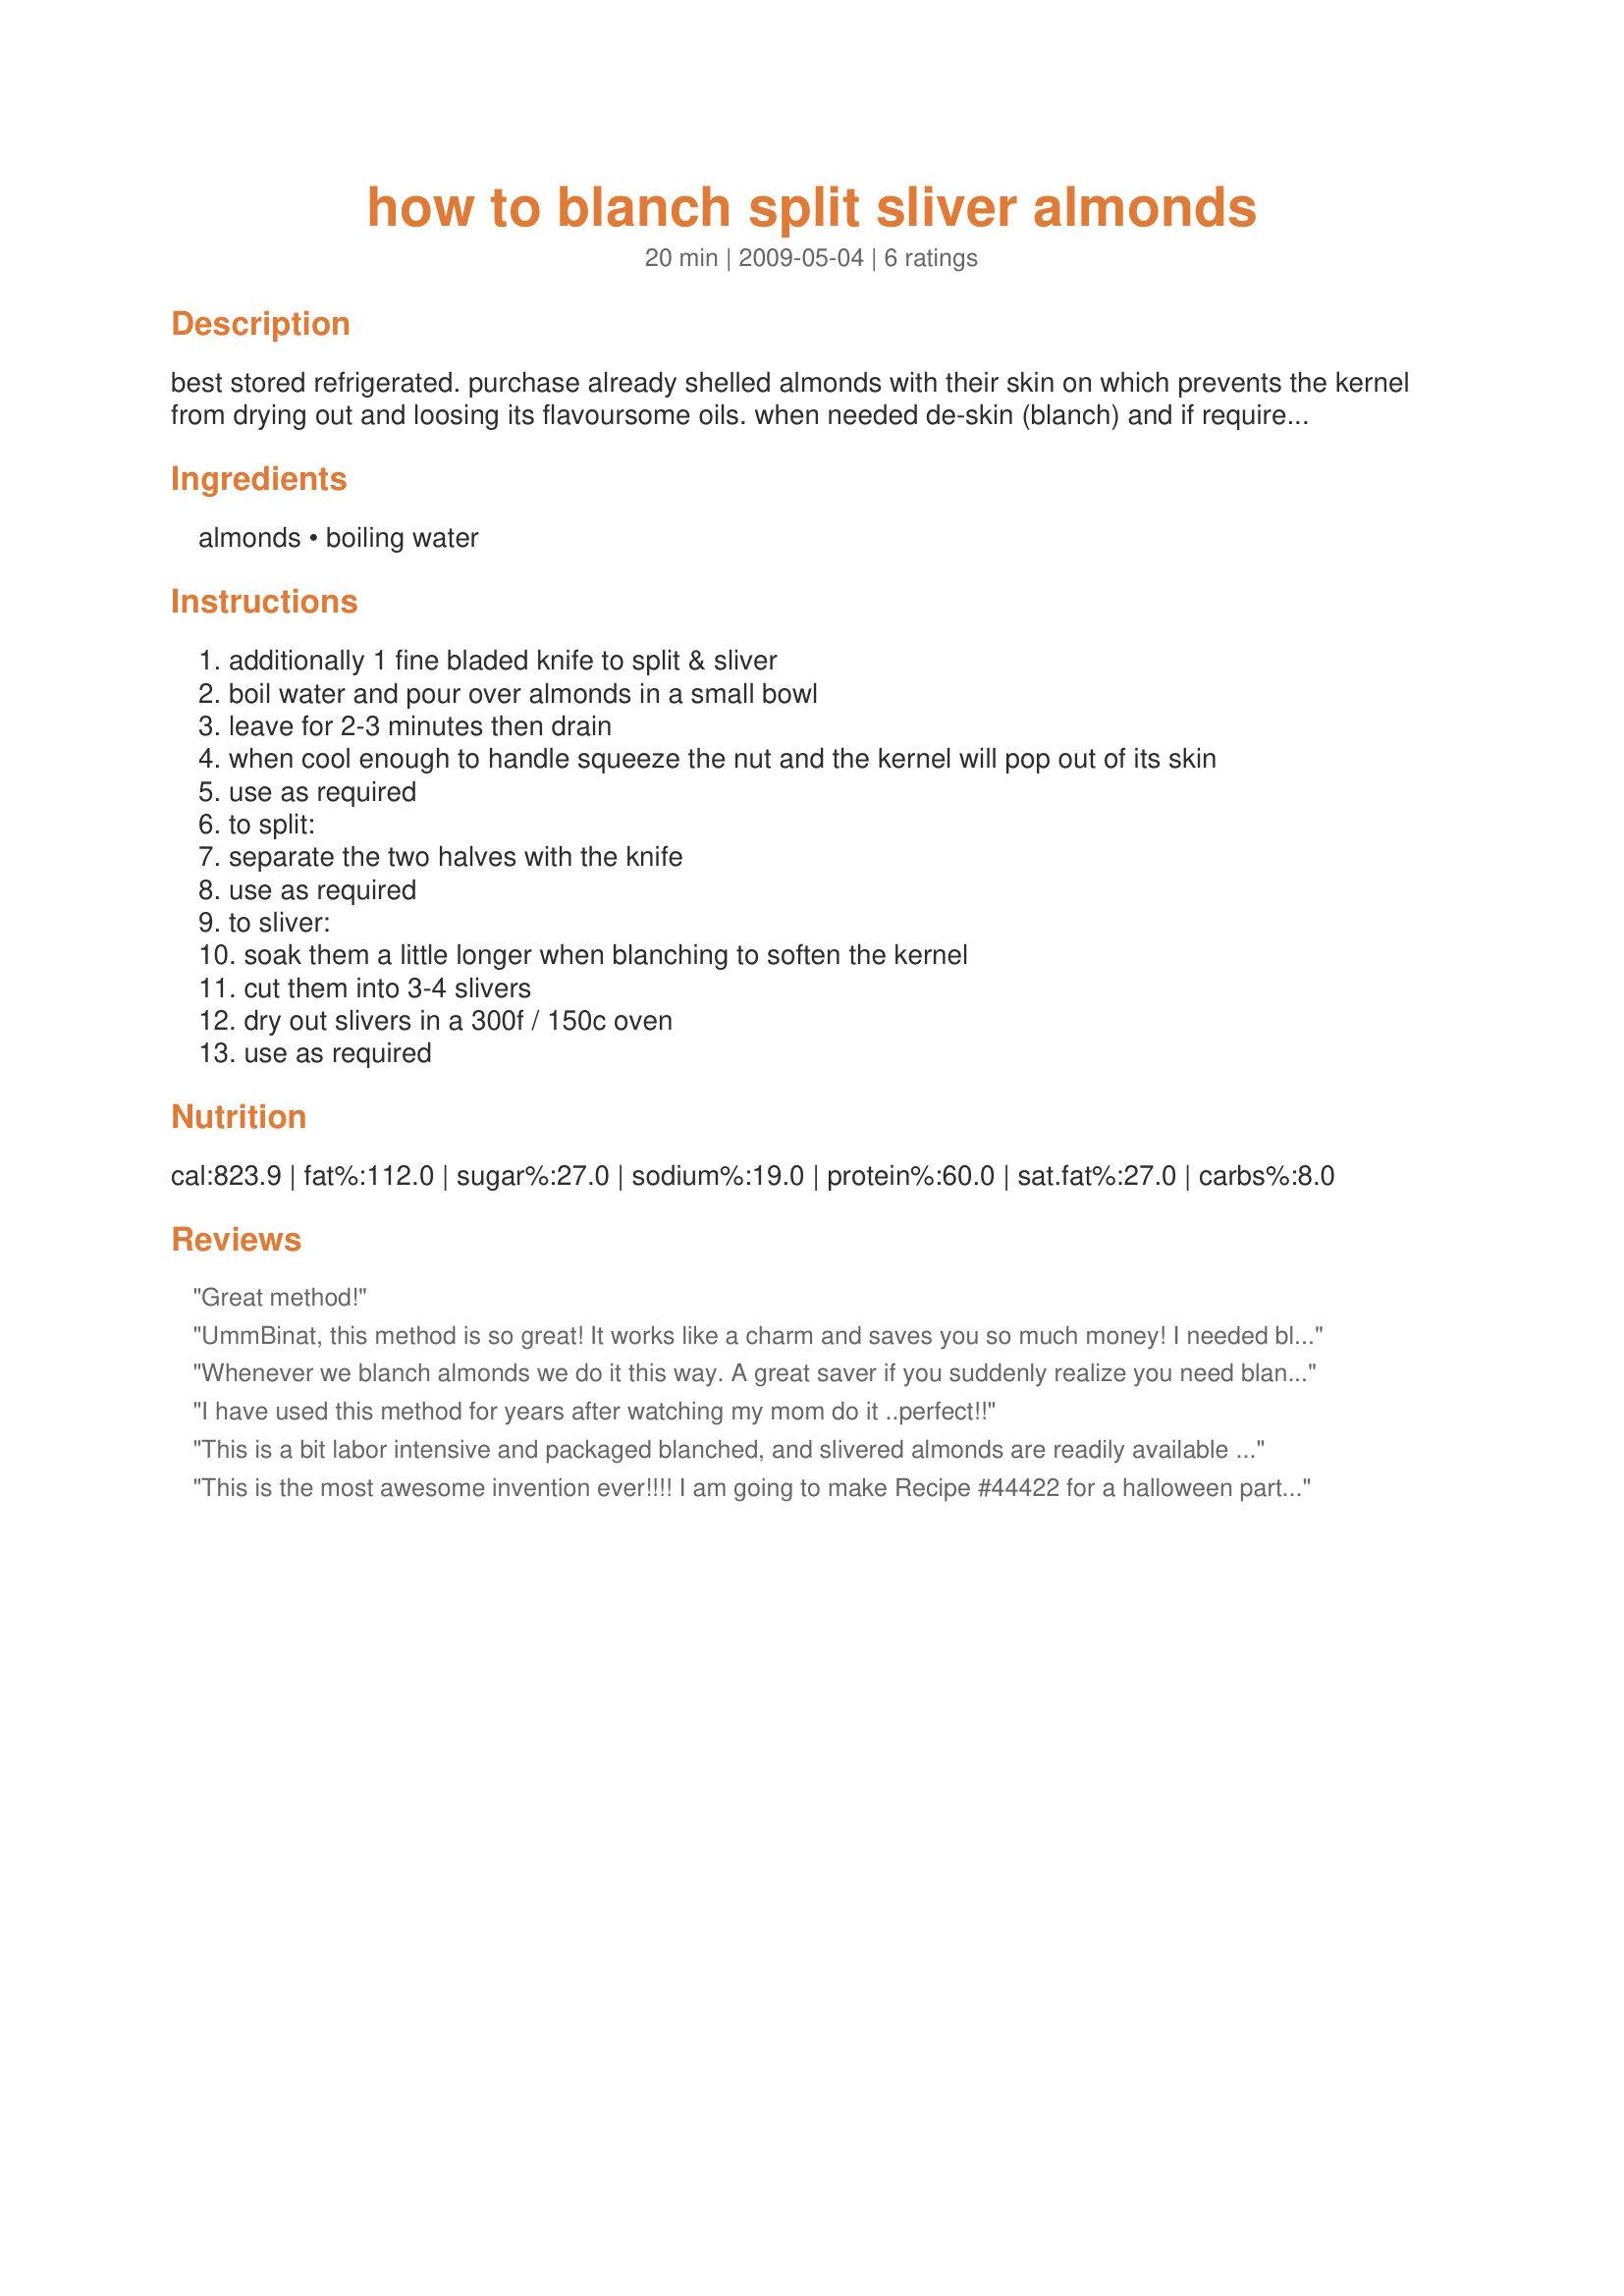
how to blanch split sliver almonds
Preparation time: 20 minutes

best stored refrigerated. purchase already shelled almonds with their skin on which prevents the kernel from drying out and loosing its flavoursome oils. when needed de-skin (blanch) and if required split or sliver them. in the northern indian state, jammu and kashmir, the almond tree is designated as the state tree. a dish called pasanda is a popular north indian meat dish, derived from a meal served in the court of the moghul emperors. reflecting the dish's flavour and its connection with the almond, pasanda also refers to a mild curry sauce made with cream, coconut milk, and almonds in north india and pakistan. recipe taken from the complete middle east cookbook by tess mallos.

Ingredients:
almonds, boiling water

Steps:
additionally 1 fine bladed knife to split & sliver
boil water and pour over almonds in a small bowl
leave for 2-3 minutes then drain
when cool enough to handle squeeze the nut and the kernel will pop out of its skin
use as required
to split:
separate the two halves with the knife
use as required
to sliver:
soak them a little longer when blanching to soften the kernel
cut them into 3-4 slivers
dry out slivers in a 300f / 150c oven
use as required

Reviews:
Great method!
UmmBinat, this method is so great! It works like a charm and saves you so much money!
I needed blanced whole almonds, so this recipe came in super handy!
THANKS SO MUCH for sharing this great method with us! Ill use it for all my blanched almonds from now on.
Made and reviewed for Everyday Is A Holiday Tag Game March 2010.
Whenever we blanch almonds we do it this way. A great saver if you suddenly realize you need blanched or slivered almonds and you have whole.
I have used this method for years after watching my mom do it ..perfect!!
This is a bit labor intensive and packaged blanched, and slivered almonds are readily available here. But if I only need a few for decoration on desserts or garnish on vegies or salads (and don't want to buy a whole bag), I would use this, since I always have whole almonds around.
This is the most awesome invention ever!!!! I am going to make Recipe #44422 for a halloween party, and I needed blanched almonds, cut in half. I had never used them before, and I was looking all over everywhere to buy them (I didn't know you could "make" them yourself). My husband (a.k.a. the driver) said, "where do these people BUY all this weird stuff that you can't find anywhere and that no one has heard of?" Haha! :) Anyway, I used 1/2 c. of almonds (55-I counted!), spread them out in a pie plate, and poured the boiling water (I didn't measure how much) over them so they were completely covered. I was impatient and only let them sit for a minute the first time, and the skins didn't budge. I was TOTALLY going to slam this recipe. Hehe. BUT... I decided to actually follow directions (I know...), and so I poured more water over them again, this time letting them sit for 2 1/2 minutes. The skins came off like a candy wrapper-amazing. I had to have halves for my recipe, and some slid right in half, but when they cooled down more, it got harder to cut them, I thought. I still have no idea where to buy these freakin' things, but because of your post, I don't need to worry about it anymore, and my Recipe #44422 will be super creepy! Thanks!!! :)
